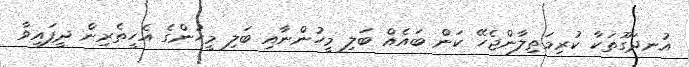
އުނދަގޫތަކާ ކުރިމަތިލާންޖެހޭ ކަން ބައެއް ބަލި މީހުންނާއި ބަލި މީހުންގެ އެހީތެރިން ދީފައިވާ